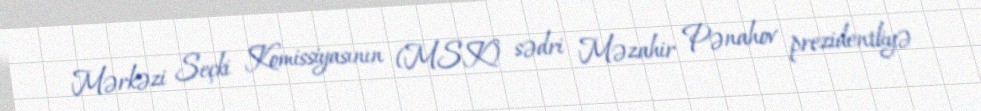
Mərkəzi Seçki Komissiyasının (MSK) sədri Məzahir Pənahov prezidentliyə